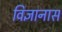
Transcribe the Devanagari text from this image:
विज्ञानास